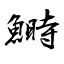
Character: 鰣